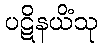
ပဋိနယိံသု